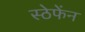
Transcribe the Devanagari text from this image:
स्ठेफेंन